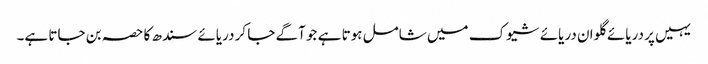
یہیں پر دریائے گلوان دریائے شیوک میں شامل ہوتا ہے جو آگے جا کر دریائے سندھ کا حصہ بن جاتا ہے۔